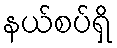
နယ်စပ်ရှိ